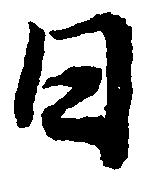
日